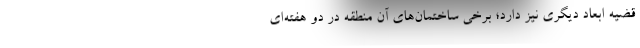
قضیه ابعاد دیگری نیز دارد؛ برخی ساختمان‌های آن منطقه در دو هفته‌ای